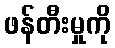
ဖန်တီးမှုကို